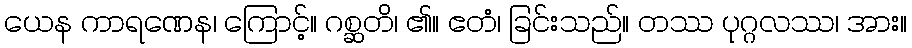
ယေန ကာရဏေန၊ ကြောင့်။ ဂစ္ဆတိ၊ ၏။ ဧတံ၊ ခြင်းသည်။ တဿ ပုဂ္ဂလဿ၊ အား။